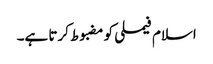
اسلام فیملی کو مضبوط کرتا ہے۔